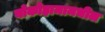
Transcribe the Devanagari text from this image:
योकोहामामधील